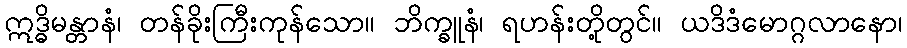
ဣဒ္ဓိမန္တာနံ၊ တန်ခိုးကြီးကုန်သော။ ဘိက္ခူနံ၊ ရဟန်းတို့တွင်။ ယဒိဒံမောဂ္ဂလာနော၊